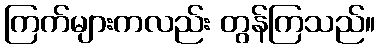
ကြက်များကလည်း တွန်ကြသည်။